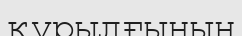
құрылғының